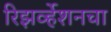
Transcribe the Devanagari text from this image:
रिझर्व्हेशनचा